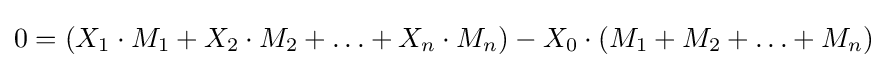
0=(X_{1}\cdot M_{1}+X_{2}\cdot M_{2}+\ldots +X_{n}\cdot M_{n})-X_{0}\cdot (M_{1}+M_{2}+\ldots +M_{n})